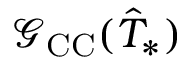
\mathcal G _ { \mathrm { C C } } ( \hat { T } _ { * } )